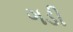
ગડી